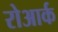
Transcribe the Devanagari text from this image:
रोआर्क